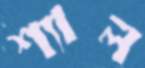
শ্যাল